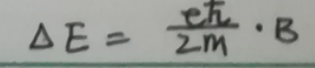
\[
\Delta E = \frac{e\hbar}{2m} \cdot B
\]